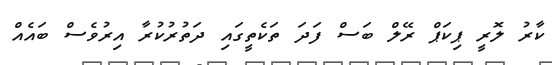
ކާރު ލޮރީ ޕިކަޕް ރޭލް ބަސް ފަދަ ތަކެތީގައި ދަތުރުކުރާ އިރުވެސް ބައެއް